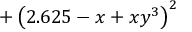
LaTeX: + \left( 2 . 6 2 5 - x + x y ^ { 3 } \right) ^ { 2 }